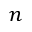
n